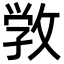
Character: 敩